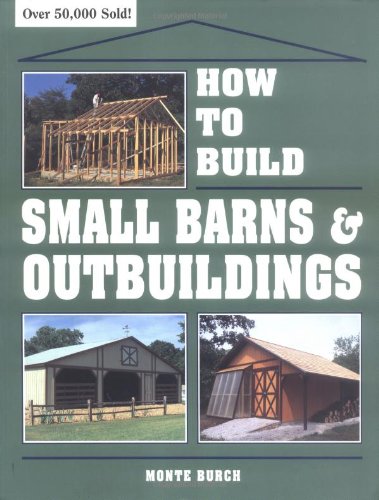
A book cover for How to Build Small Barns & Outbuildings; Monte Burch; Crafts, Hobbies & Home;